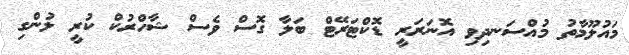
މައުލޫމާތު މުއްސަނދިވި އޮނަރަރީ ޑޮކްޓަރޭޓް ބަލާ ގޮސް ވެސް ޝާހްރުކް ކުރީ ލުންގި